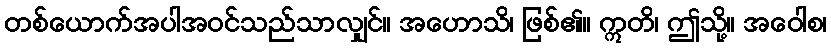
တစ်ယောက်အပါအဝင်သည်သာလျှင်။ အဟောသိ၊ ဖြစ်၏။ ဣတိ၊ ဤသို့။ အဝေါစ၊